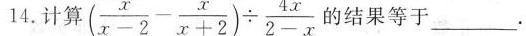
14.计算$$（x/div(x-2)-x/div(x+2)）/div (4x/div(2-x))的结果等于___.